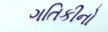
ગતિકીનો